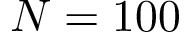
N = 1 0 0